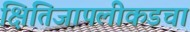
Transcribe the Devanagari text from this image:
क्षितिजापलीकडचा